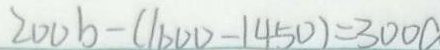
2 0 0 b - ( 1 6 0 0 - 1 4 5 0 ) = 3 0 0 a